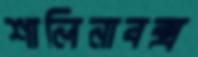
শালিনাবক্স